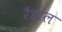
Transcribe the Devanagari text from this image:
रैंडाल